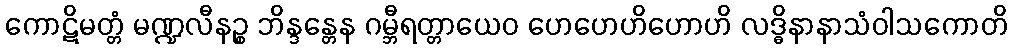
ကောဋိမတ္တံ မဏ္ဍလီနဉ္စ ဘိန္ဒန္တေန ဂမ္ဘီရတ္တာယေဝ ဟေဟေဟိဟောဟိ လဒ္ဓိနာနာသံဝါသကောတိ